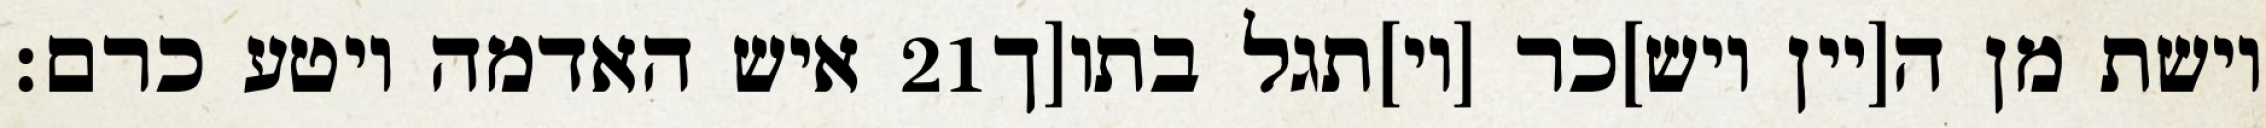
איש האדמה ויטע כרם׃ ‎21‏ וישת מן ה[יין ויש]כר [וי]תגל בתו[ך